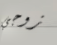
زوجي